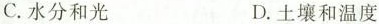
C. 水分和光 D. 土壤和温度